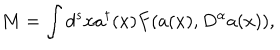
LaTeX: M = \int { d ^ { s } } x { a ^ { \dagger } } ( x ) F ( a ( x ) , { D ^ { \alpha } } a ( x ) ) ,